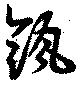
瓴